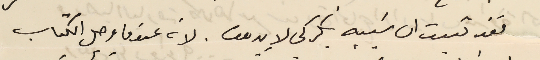
فقد ثبت ان سَببه بكركي لا بيروت. لانه عندما وصل الكتاب